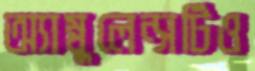
অ্যাম্বুলেন্সটিও